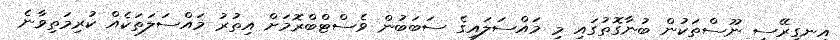
އިނގިރޭސި ނޫސްތަކުން ބުނާގޮތުގައި މި މައްސަލައިގެ ސަބަބުން ވެސްޓްބްރޮމަށް އިތުރު މައްސަލަތަކެއް ކުރިމަތިވާނެ